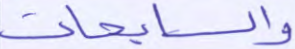
والسابحات